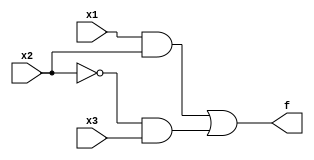
module example_verilog (x1, x2, x3, f);
	input x1, x2, x3;
	output f;
	
	assign f = (x1 & x2) | (~x2 & x3);
endmodule